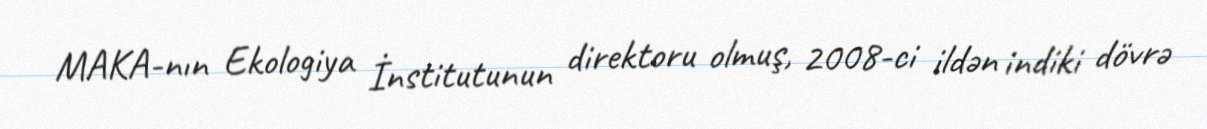
MAKA-nın Ekologiya İnstitutunun direktoru olmuş, 2008-ci ildən indiki dövrə